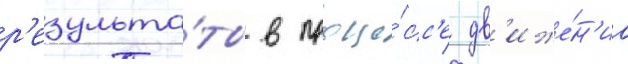
р'езульта́ты в проце́сс'е дв'иже́н'иа